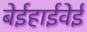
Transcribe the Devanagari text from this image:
बेईहाईवेई